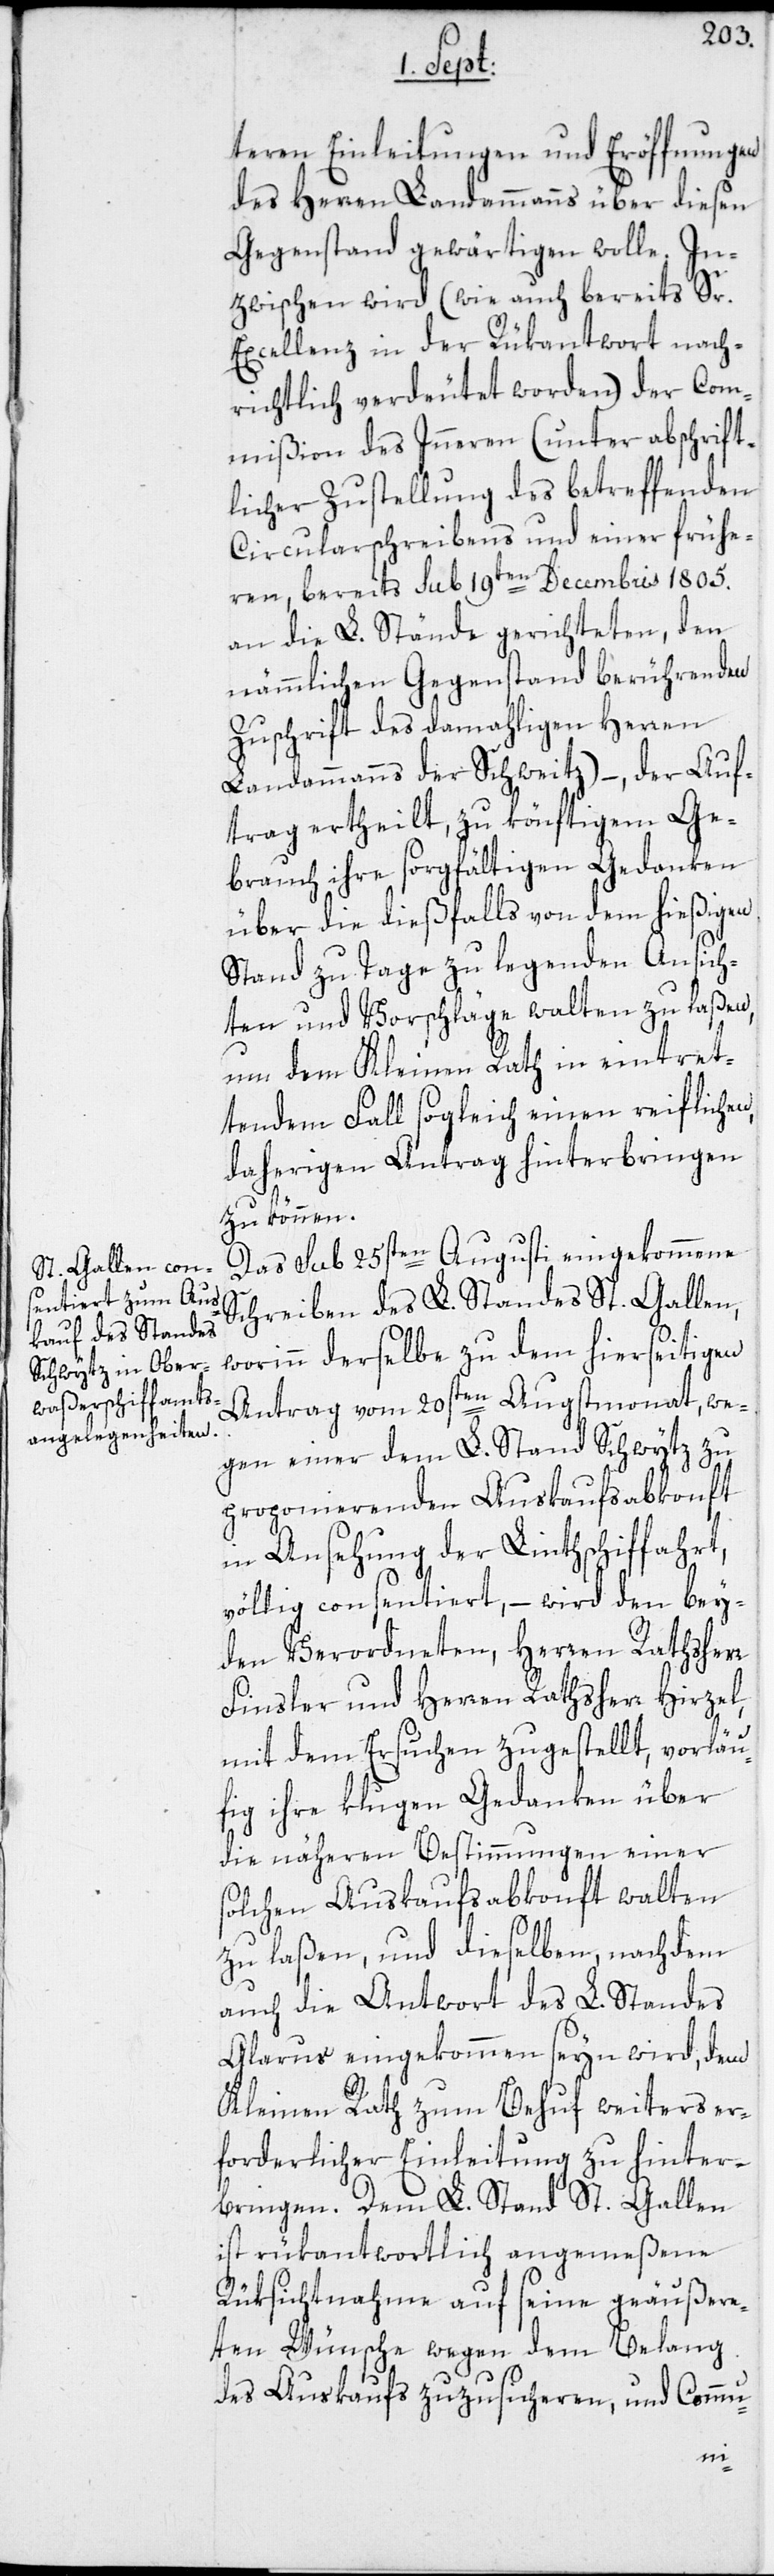
teren Einleitungen und Eröffnungen
des Herren Landammanns über diesen
Gegenstand gewärtigen wolle. In¬
zwischen wird (wie auch bereits Sr.
Excellenz in der Rükantwort nach¬
richtlich verdeutet worden) der Com¬
mißion des Inneren (unter abschrift¬
licher Zustellung des betreffenden
Circularschreibens und einer frühe¬
ren, bereits sub 19ten Decembris 1805.
an die L. Stände gerichteten, den
nämmlichen Gegenstand berührenden
Zuschrift des damahligen Herren
Landammanns der Schweitz) –, der Auf¬
trag ertheilt, zu könftigem Ge¬
brauch ihre sorgfältigen Gedanken
über die dießfalls von dem hießigen
Stand zu Tage zu legenden Ansich¬
ten und Vorschläge walten zu laßen,
um dem Kleinen Rath in eintret¬
tendem Fall sogleich einen reifliche¬
daherigen Antrag hinterbringen
zu können.
Das sub 25sten Augusti eingekommene
Schreiben des L. Standes St. Gallen,
worinn derselbe zu dem hierseitigen
Antrag vom 20sten Augstmonat, we¬
gen einer dem L. Stand Schwytz zu
proponierenden Auskaufsabkonft
in Ansehung der Linthschiffahrt,
völlig consentiert, – wird den bey¬
den Verordneten, Herren Rathsherr
Finsler und Herren Rathsherr Hirzel,
mit dem Ersuchen zugestellt, vorläu¬
fig ihre klugen Gedanken über
die näheren Bestimmungen einer
solchen Auskaufsabkonft walten
zu laßen, und dieselben, nachdem
auch die Antwort des L. Standes
Glarus eingekommen seyn wird, dem
Kleinen Rath zum Behuf weiters er¬
forderlicher Einleitung zu hinter¬
bringen. Dem L. Stand St. Gallen
ist rükantwortlich angemeßene
Rüksichtnahme auf seine geäußere¬
ten Wünsche wegen dem Belang
das Auskaufs zuzusicheren, und Commu-
n,